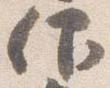
仰